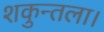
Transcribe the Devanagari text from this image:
शकुन्तला।